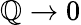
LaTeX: \mathbb{Q}\to0